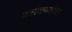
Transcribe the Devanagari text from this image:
वसवण्याचा